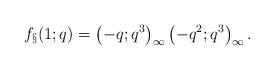
LaTeX: \begin{align*}f_{\S}(1;q) = \left(-q; q^3\right)_\infty \left(-q^2; q^3\right)_\infty.\end{align*}